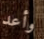
وأعد